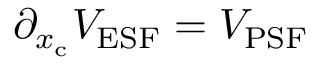
\partial _ { x _ { \mathrm { c } } } V _ { \mathrm { E S F } } = V _ { \mathrm { P S F } }